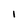
Character: 1